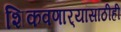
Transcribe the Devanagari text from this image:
शिकवणार्‍यांसाठीही